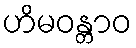
ဟိမဝန္တာဝ